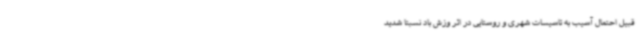
قبیل احتمال آسیب به تاسیسات شهری و روستایی در اثر وزش باد نسبتا شدید